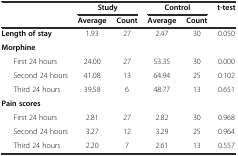
<table><thead><tr><td rowspan="2"></td><td colspan="2"><b>Study</b></td><td colspan="2"><b>Control</b></td><td><b>t-test</b></td></tr><tr><td><b>Average</b></td><td><b>Count</b></td><td><b>Average</b></td><td><b>Count</b></td><td></td></tr></thead><tbody><tr><td><b>Length of stay</b></td><td>1.93</td><td>27</td><td>2.47</td><td>30</td><td>0.050</td></tr><tr><td><b>Morphine</b></td><td></td><td></td><td></td><td></td><td></td></tr><tr><td>First 24 hours</td><td>24.00</td><td>27</td><td>53.35</td><td>30</td><td>0.000</td></tr><tr><td>Second 24 hours</td><td>41.08</td><td>13</td><td>64.94</td><td>25</td><td>0.102</td></tr><tr><td>Third 24 hours</td><td>39.58</td><td>6</td><td>48.77</td><td>13</td><td>0.651</td></tr><tr><td><b>Pain scores</b></td><td></td><td></td><td></td><td></td><td></td></tr><tr><td>First 24 hours</td><td>2.81</td><td>27</td><td>2.82</td><td>30</td><td>0.968</td></tr><tr><td>Second 24 hours</td><td>3.27</td><td>12</td><td>3.29</td><td>25</td><td>0.964</td></tr><tr><td>Third 24 hours</td><td>2.20</td><td>7</td><td>2.61</td><td>13</td><td>0.557</td></tr></tbody></table>